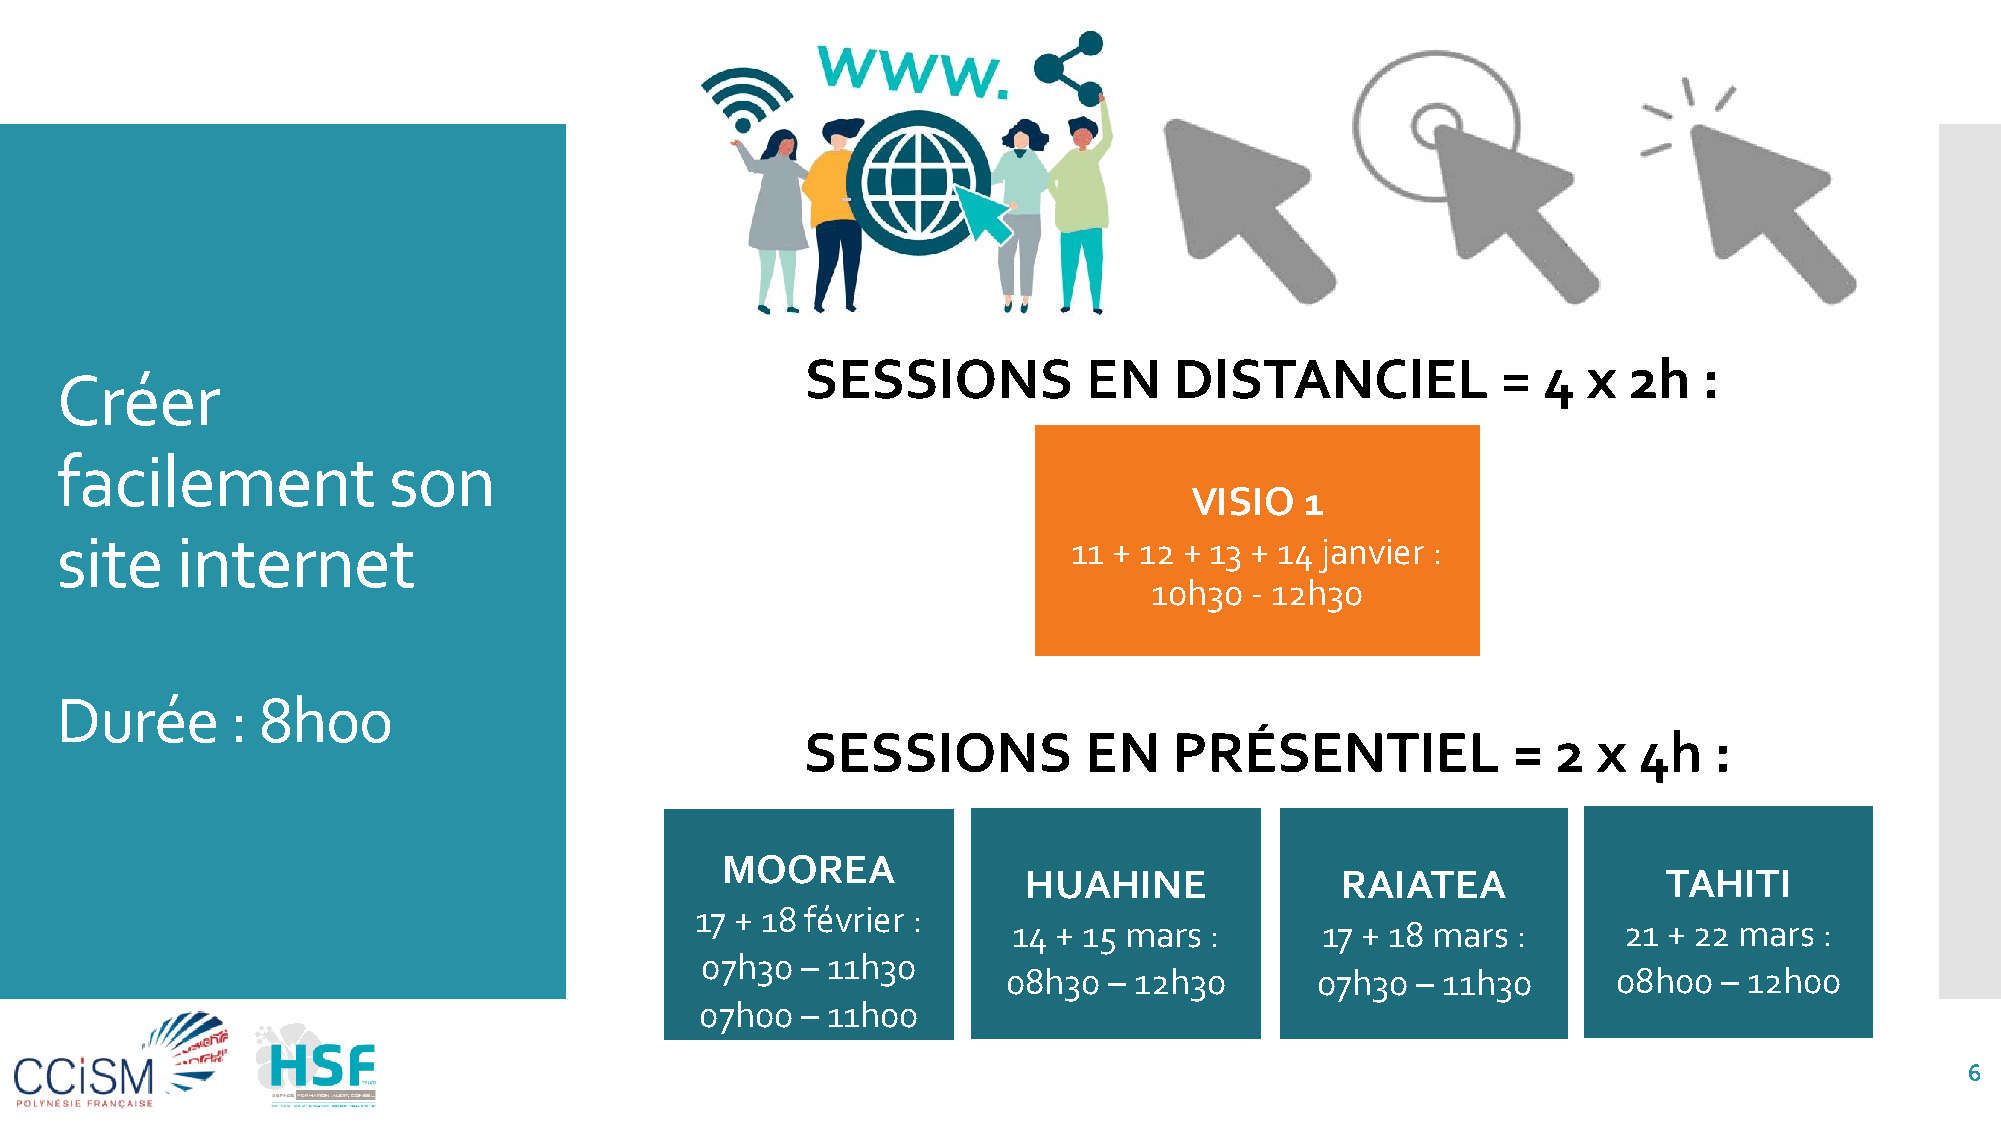
SESSIONS           EN    DISTANCIEL           =  4  x  2h   :
 Créer
 facilement            son
 VISIO  1
 site    internet                                                   11 + 12 + 13 + 14 janvier :
 10h30  - 12h30
 Durée      : 8h00
 SESSIONS           EN    PRÉSENTIEL            =  2  x 4h   :
 MOOREA
 HUAHINE              RAIATEA              TAHITI
 17 + 18 février :
 14 + 15 mars :      17 + 18 mars :      21 + 22 mars  :
 07h30  – 11h30
 08h30 – 12h30       07h30  – 11h30      08h00  – 12h00
 07h00  – 11h00
 6